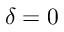
\delta = 0